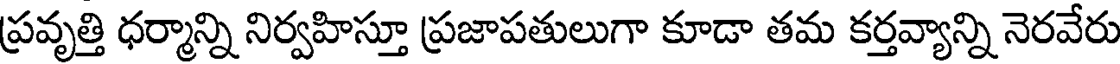
ప్రవృత్తి ధర్మాన్ని నిర్వహిస్తూ ప్రజాపతులుగా కూడా తమ కర్తవ్యాన్ని నెరవేరు